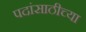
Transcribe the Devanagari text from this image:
पदांसाठीच्या